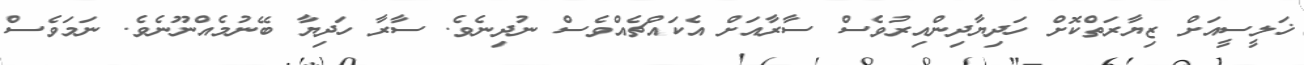
ޚަލީސީއަށް ޒިޔާރަތްކޮށް ހަދިޔާދިންއިރުވެސް ސާރާއަށް އެކައްޗެއްވެސް ނުދިނެވެ. ސާރާ ހަދިޔާ ބޭނުމެއްނޫނެވެ. ނަމަވެސް